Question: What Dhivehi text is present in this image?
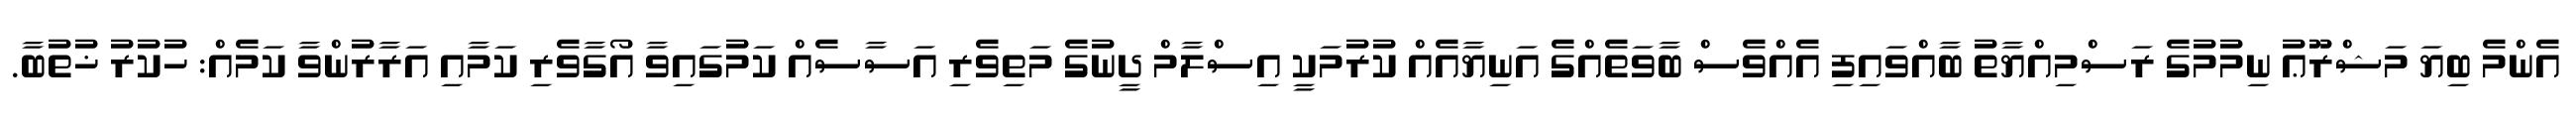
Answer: އެންމެ ބިޔަ މަޝްރޫޢު ނިމުމުގެ ރަސްމިއްޔާތު ބާއްވައިފި އެއްވެސް ބާވަތެއްގެ އަނިޔާއެއް ކުރުމަކީ އިސްލާމް ދީނުގެ މަތިވެރި އަސާސެއް ކަމުގައިވާ އޯގާވެރި ކަމާއި އަރާރުންވާ ކަމެއް: ހުކުރު ޚުތުބާ.